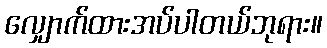
လျှောက်ထားအပ်ပါတယ်ဘုရား။